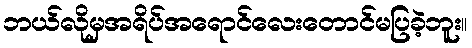
ဘယ်လိုမှအရိပ်အရောင်လေးတောင်မပြခဲ့ဘူး။